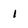
Character: 1